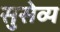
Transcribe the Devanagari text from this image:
सुसेव्य